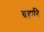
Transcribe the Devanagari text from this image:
ग्रहादि